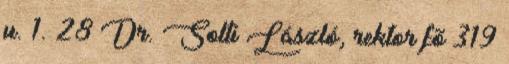
u. 1. 28 Dr. Solti László, rektor fõ 319